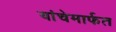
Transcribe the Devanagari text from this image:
यांचेमार्फत